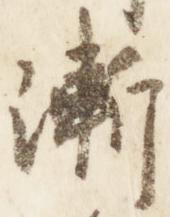
漸